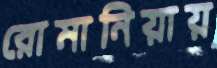
রোমানিয়ায়